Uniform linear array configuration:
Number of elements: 48
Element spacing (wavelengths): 0.75
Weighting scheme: kaiser
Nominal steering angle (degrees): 60
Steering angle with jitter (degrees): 60.117
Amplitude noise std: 0.05
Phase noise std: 0.05

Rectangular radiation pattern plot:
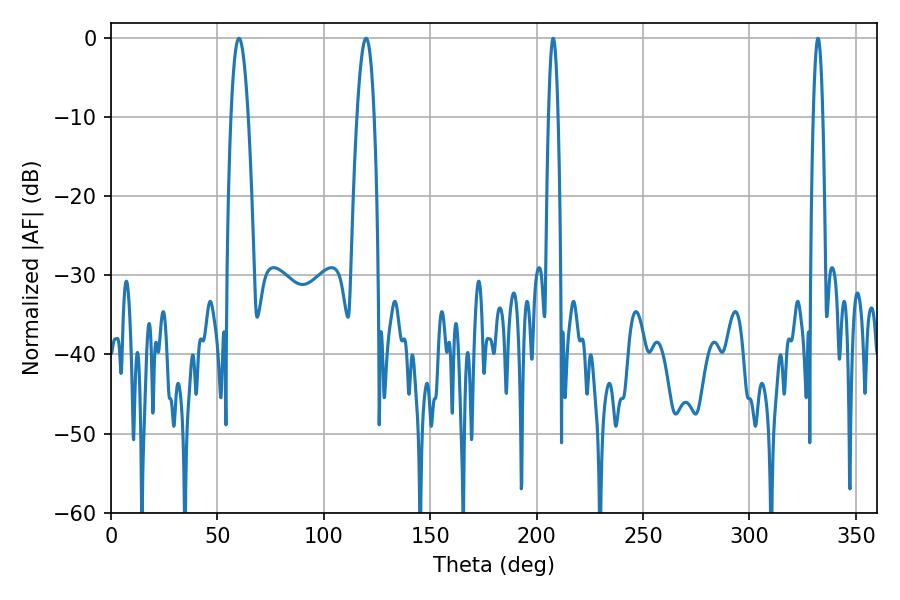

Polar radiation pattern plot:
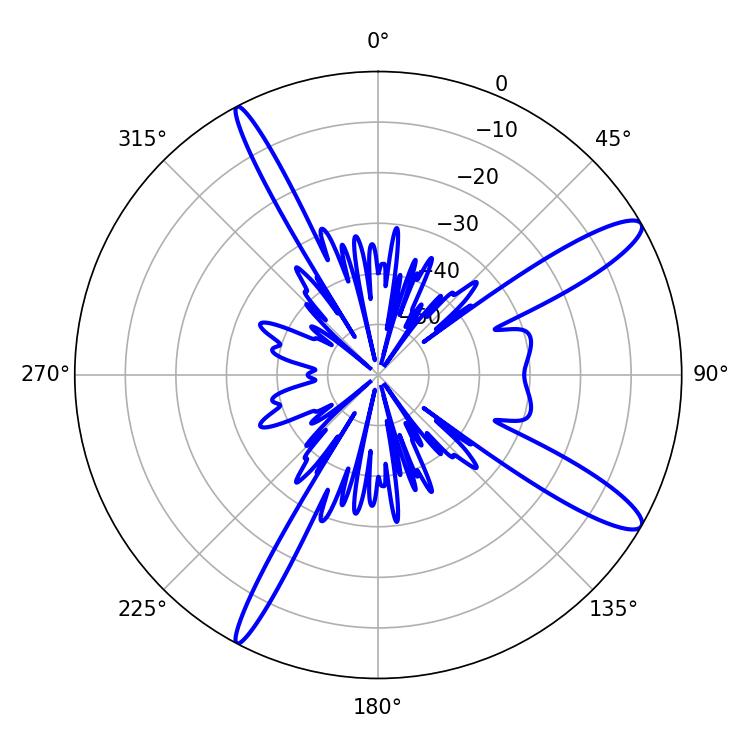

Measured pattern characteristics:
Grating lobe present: TRUE
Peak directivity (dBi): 12.888
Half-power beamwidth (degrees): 4.5
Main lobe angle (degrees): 60.12